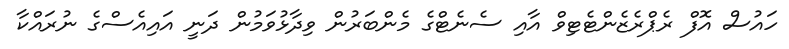
ހައުސް އޮފް ރެޕްރެޒެންޓެޓިވް އާއި ސެނެޓްގެ މެންބަރުން ވިދާޅުވަމުން ދަނީ އައިއެސްގެ ނުރައްކާ